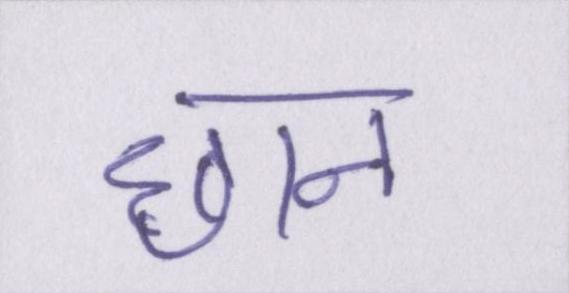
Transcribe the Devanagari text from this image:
छान